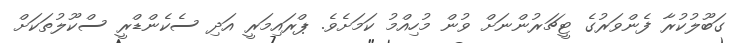
ގަބޫލުކުރާ ފެންވަރުގެ ޓީޗަރުންނަށް ވުން މުހިއްމު ކަމަށެވެ. ޕްރައިމަރީ އަދި ސެކެންޑްރީ ސްކޫލުތަކަށް